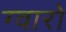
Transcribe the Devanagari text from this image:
ग्वारो